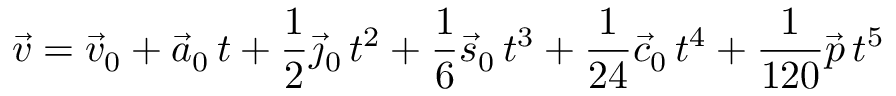
{ \vec { v } } = { \vec { v } } _ { 0 } + { \vec { a } } _ { 0 } \, t + { \frac { 1 } { 2 } } { \vec { \jmath } } _ { 0 } \, t ^ { 2 } + { \frac { 1 } { 6 } } { \vec { s } } _ { 0 } \, t ^ { 3 } + { \frac { 1 } { 2 4 } } { \vec { c } } _ { 0 } \, t ^ { 4 } + { \frac { 1 } { 1 2 0 } } { \vec { p } } \, t ^ { 5 }